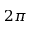
2 \pi